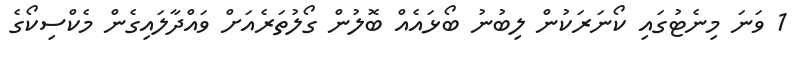
1 ވަނަ މިނެޓުގައި ކޯނަރަކުން ލިބުނު ބޯޅައެއް ބޮލުން ގޯލުތަރެއަށް ވައްދާލައިގެން މެކްސިކޯގެ